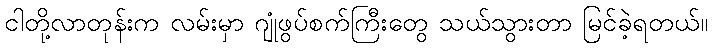
ငါတို့လာတုန်းက လမ်းမှာ ဂျုံဖွပ်စက်ကြီးတွေ သယ်သွားတာ မြင်ခဲ့ရတယ်။